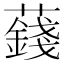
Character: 𧂂